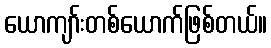
ယောကျာ်းတစ်ယောက်ဖြစ်တယ်။